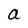
Character: a